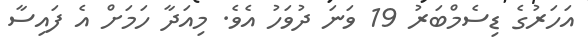
އަހަރުގެ ޑިސެމްބަރު 19 ވަނަ ދުވަހު އެވެ. މިއަދާ ހަމަށް އެ ފައިސާ